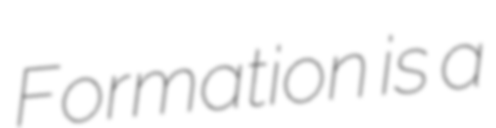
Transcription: Formation is a